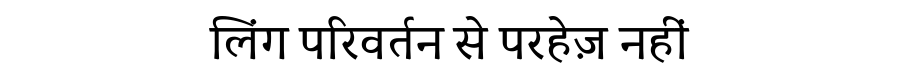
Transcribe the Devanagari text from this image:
लिंग परिवर्तन से परहेज़ नहीं